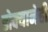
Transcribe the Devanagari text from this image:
डोक्यानेही